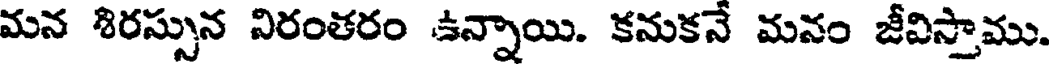
మన శిరస్సున నిరంతరం ఉన్నాయి. కనుకనే మనం జీవిస్తాము.